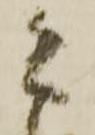
こ